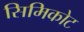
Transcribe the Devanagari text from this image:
सिमिकोट